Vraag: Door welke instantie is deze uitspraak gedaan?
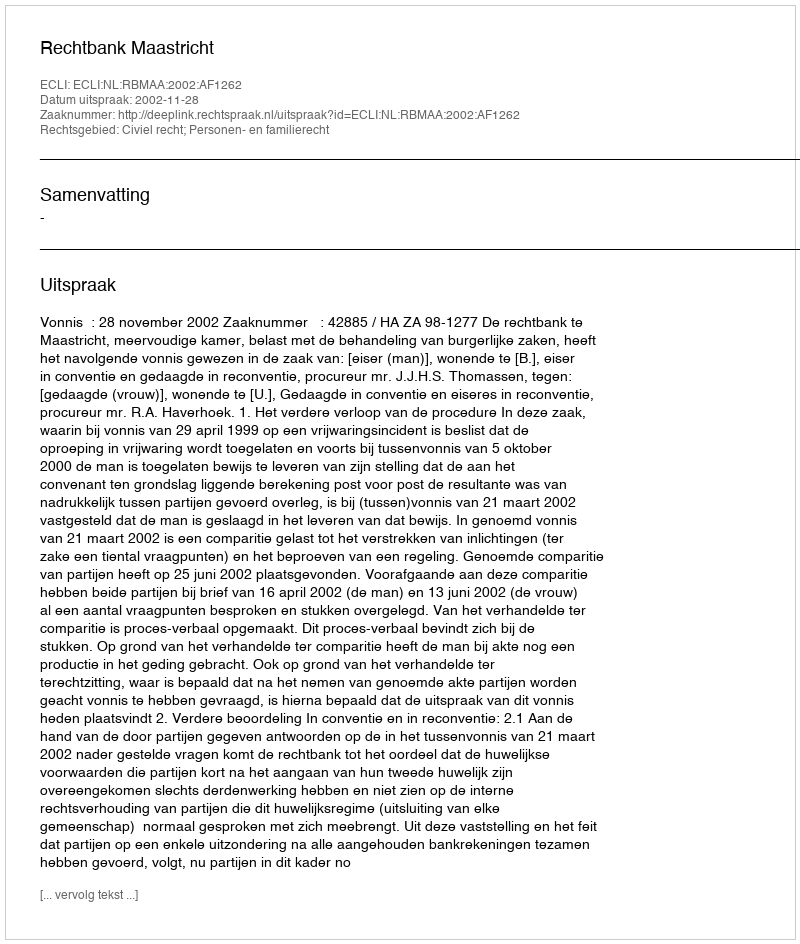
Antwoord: Rechtbank Maastricht